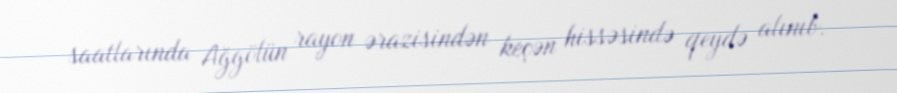
saatlarında Ağgölün rayon ərazisindən keçən hissəsində qeydə alınıb.